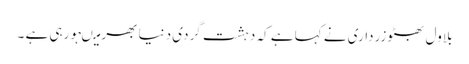
بلاول بھٹوزرداری نے کہا ہے کہ دہشت گردی دنیا بھر میںہورہی ہے ۔